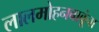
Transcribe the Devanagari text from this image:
लालमोहनबाबूंना